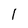
Character: l